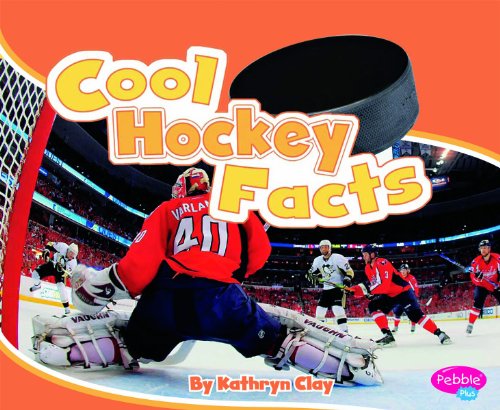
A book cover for Cool Hockey Facts (Cool Sports Facts); Kathryn Clay; Children's Books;